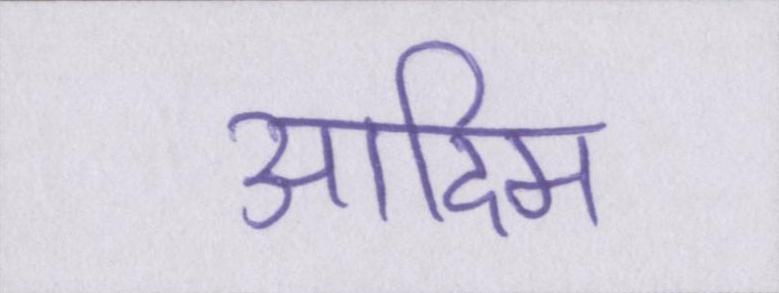
आदिम